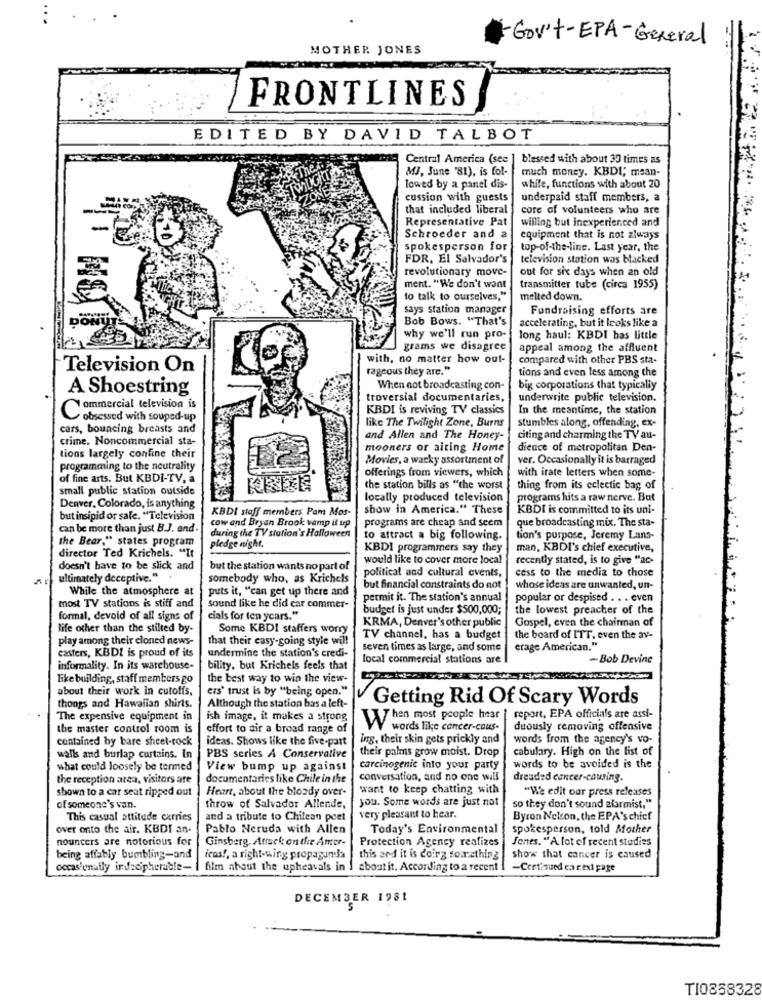
-Gov't-EPA-General
MOTHER JONES
FRONTLINES
EDITED BY DAVID TALBOT
Central America (see ]
blessed with about 30 times as
MJ, June '81), is fol-
much money. KBDI; mean-
lowed by a panel dis-
white, functions with about 20
cussion with guests
underpaid staff members, a
that included liberal
core of volunteers who are
Representative Pat
willing but inexperienced and
Schroeder and a
equipment that is not always
spokesperson for
top-of-the-line. Last year, the
FDR, El Salvador's
television station was blacked
revolutionary move-
out for six days when an old
ment. "We don't want
transmitter tube (circa 1955)
to talk to ourselves,"
melted down.
says station manager
Fundraising efforts are
Bob Bows. "That's
accelerating, but it looks like a
why we'll run pro-
long haul: KBDI bas little
grams we disagree
appeal among the affluent
with, no matter how out-
compared with other PBS sta-
Television On
rageous they are."
tions and even less among the
A Shoestring
When not broadcasting con-
big corporations that typically
troversial documentaries,
underwrite public television.
ommercial television is
KBDI is reviving TV classics
In the meantime, the station
obsessed with souped-up
like The Twilight Zone, Burns
stumbles along, offending, ex-
cars, bouncing breasts and
crime. Noncommercial sta-
and Allen and The Honey-
citing and charming the TV au-
mooners or aiting Home
dience of metropolitan Den-
tions largely confine their
Movies, a wacky assortment of
ver. Occasionally it is barraged
programming to the neutrality
with irate letters when some-
of fine arts. But KBDI-TV, a
offerings from viewers, which
small public station outside
the station bills as "the worst
thing from its eclectic bag of
locally produced television
programs hits a raw nerve. But
Denver, Colorado, is anything
KBDI staff members Pam Mos-
show in America." These
KBDI is committed to its uni-
but insipid or sale. "Television
cow and Bryan Brook vamp il top
programs are cheap and seem
que broadcasting mix. The sta-
can be more than just B.J. and
the Bear," states program
during the TV station's Halloween
to attract a big following.
tion's purpose, Jeremy Lans-
pledge night.
KBDI programmers say they
man, KBDI's chief executive,
director Ted Krichels. "It
would like to cover more local
recently stated, is to give "ac-
doesn't have to be slick and
but the station wants no part of
cess to the media to those
ultimately deceptive." .
somebody who, as Krichels
political and cultural events,
While the atmosphere at
puts it, "can get up there and
but financial constraints do not
whose ideas are unwanted, un-
permit it. The station's annual
popular or despised . . . even
most TV stations is stiff and
sound like he did car commer-
budget is just under $500,000;
the lowest preacher of the
formal, devoid of all signs of
cials for ten years."
KRMA, Denver's other public
Gospel, even the chairman of
life other than the stilted by-
Some KBDI staffers worry
play among their cloned news-
that their casy-going style will
TV channel, has a budget
the board of ITT, even the av-
casters, KBDI is proud of its
seven times as large, and some
erage American."
undermine the station's credi-
local commercial stations are
-Bob Devine
informality. In its warehouse-
bility. but Krichels feels that
like building, staff members go
the best way to win the view-
about their work in cutoffs,
ers' trust is by "being open."
thongs and Hawaiian shirts.
Getting Rid Of Scary Words
Although the station has a left-
The expensive equipment in
ish image, it makes a strong
Then most people hear | report, EPA officials are assi-
the master control room is
effort to air a broad range of
W words like cancer-cous.
duously removing offensive
contained by bare sheet-rock
ideas. Shows like the five-part
ing, their skin gets prickly and
words from the agency's vo-
cabulary. High on the list of
walls and burlap curtains. In
PBS series A Conservative
their palms grow moist. Drop
what could loosely be termed
View bump up against
carcinogenic into your party
words to be avoided is the
the reception area, visitors are
documentaries like Chile in the
conversation, and no one will
dreaded cancer-causing.
shown to a car seat ripped out
Heart, about the bloody over-
want to keep chatting with
"We edit our press releases
you. Some words are just not
of someone's van.
throw of Salvador Allende,
so they don't sound alarmist."
This casual attitude carries
and a tribute to Chilean peet
very pleasant to hear.
Byron Nelson, the EPA's chief
over onto the air. KBDI an-
Pablo Neruda with Allen
Today's Environmental
spokesperson, told Mother
nouncers are notorious for
Ginsberg. Attack on the Amer-
Protection Agency realizes
Jones. "A lot of recent studies
being affably bumbling-and
feas !, a right-wing propaganda
this and it is doing something
show that cancer is caused
occasionally indecipherable-
film about the upheavals in I aboutit. According to a recent
-Certisued ea rexi page
DECEMBER 1981
TI0858328